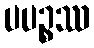
ပပဉ္စဿ